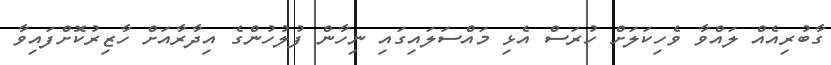
ގާބުރިއެއް ލައްވާ ވެހިކަލަށް ހުރަސް އެޅި މައްސަލައިގައި ނިހާން ފުލުހުންގެ އިދާރާއަށް ހާޒިރުކޮށްފައިވާ